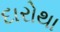
દારોથા